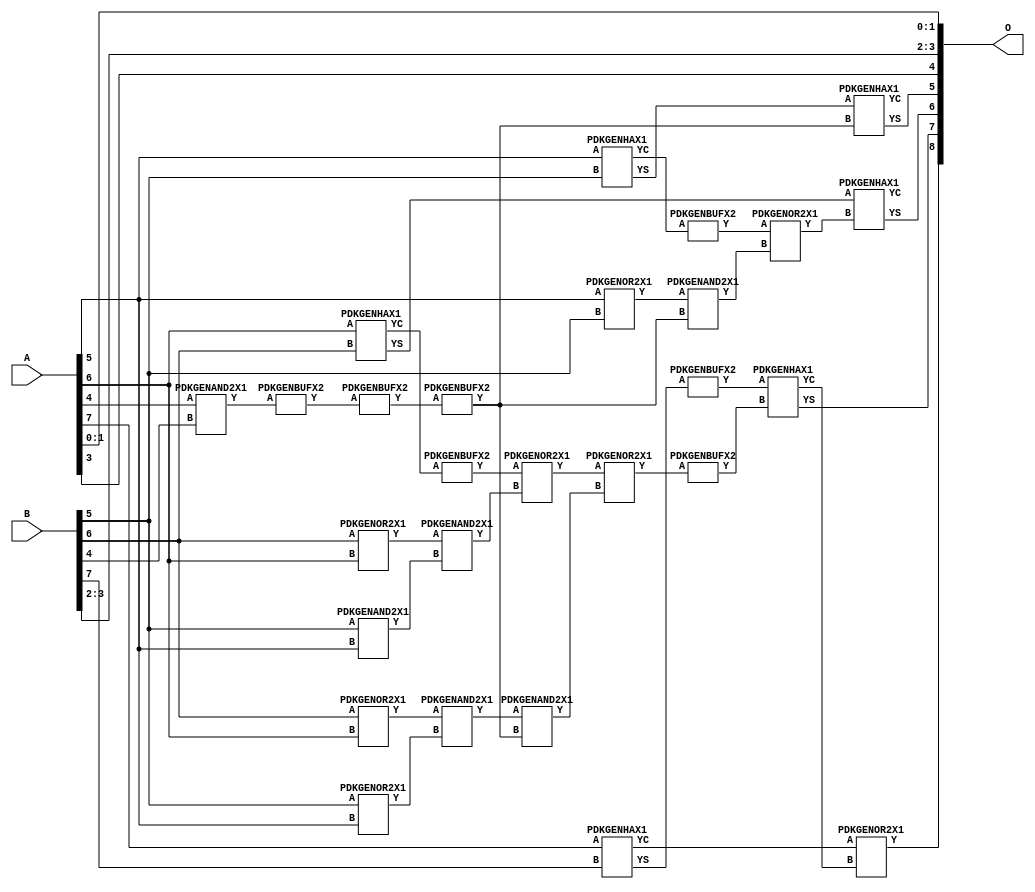
// Library = EvoApprox8b
// Circuit = add8_167
// Area   (180) = 1096
// Delay  (180) = 0.850
// Power  (180) = 316.20
// Area   (45) = 77
// Delay  (45) = 0.370
// Power  (45) = 25.36
// Nodes = 27
// HD = 192640
// MAE = 9.75000
// MSE = 141.50000
// MRE = 5.22 %
// WCE = 23
// WCRE = 100 %
// EP = 96.9 %

module add8_167(A, B, O);
  input [7:0] A;
  input [7:0] B;
  output [8:0] O;
  wire [2031:0] N;

  assign N[0] = A[0];
  assign N[1] = A[0];
  assign N[2] = A[1];
  assign N[3] = A[1];
  assign N[4] = A[2];
  assign N[5] = A[2];
  assign N[6] = A[3];
  assign N[7] = A[3];
  assign N[8] = A[4];
  assign N[9] = A[4];
  assign N[10] = A[5];
  assign N[11] = A[5];
  assign N[12] = A[6];
  assign N[13] = A[6];
  assign N[14] = A[7];
  assign N[15] = A[7];
  assign N[16] = B[0];
  assign N[17] = B[0];
  assign N[18] = B[1];
  assign N[19] = B[1];
  assign N[20] = B[2];
  assign N[21] = B[2];
  assign N[22] = B[3];
  assign N[23] = B[3];
  assign N[24] = B[4];
  assign N[25] = B[4];
  assign N[26] = B[5];
  assign N[27] = B[5];
  assign N[28] = B[6];
  assign N[29] = B[6];
  assign N[30] = B[7];
  assign N[31] = B[7];

  PDKGENOR2X1 n38(.A(N[10]), .B(N[26]), .Y(N[38]));
  assign N[39] = N[38];
  PDKGENOR2X1 n42(.A(N[28]), .B(N[12]), .Y(N[42]));
  assign N[43] = N[42];
  PDKGENOR2X1 n44(.A(N[28]), .B(N[12]), .Y(N[44]));
  assign N[45] = N[44];
  PDKGENAND2X1 n46(.A(N[26]), .B(N[10]), .Y(N[46]));
  PDKGENAND2X1 n68(.A(N[8]), .B(N[24]), .Y(N[68]));
  assign N[69] = N[68];
  PDKGENBUFX2 n70(.A(N[69]), .Y(N[70]));
  assign N[71] = N[70];
  PDKGENHAX1 n78(.A(N[10]), .B(N[26]), .YS(N[78]), .YC(N[79]));
  PDKGENBUFX2 n80(.A(N[79]), .Y(N[80]));
  assign N[81] = N[80];
  PDKGENHAX1 n86(.A(N[12]), .B(N[28]), .YS(N[86]), .YC(N[87]));
  PDKGENBUFX2 n88(.A(N[71]), .Y(N[88]));
  PDKGENHAX1 n96(.A(N[14]), .B(N[30]), .YS(N[96]), .YC(N[97]));
  PDKGENOR2X1 n134(.A(N[26]), .B(N[10]), .Y(N[134]));
  assign N[135] = N[134];
  PDKGENBUFX2 n142(.A(N[87]), .Y(N[142]));
  assign N[143] = N[142];
  PDKGENBUFX2 n152(.A(N[88]), .Y(N[152]));
  assign N[153] = N[152];
  PDKGENBUFX2 n160(.A(N[96]), .Y(N[160]));
  assign N[161] = N[160];
  PDKGENAND2X1 n162(.A(N[43]), .B(N[46]), .Y(N[162]));
  PDKGENAND2X1 n170(.A(N[45]), .B(N[135]), .Y(N[170]));
  PDKGENOR2X1 n180(.A(N[143]), .B(N[162]), .Y(N[180]));
  PDKGENAND2X1 n226(.A(N[39]), .B(N[153]), .Y(N[226]));
  PDKGENOR2X1 n244(.A(N[81]), .B(N[226]), .Y(N[244]));
  assign N[245] = N[244];
  PDKGENAND2X1 n254(.A(N[170]), .B(N[153]), .Y(N[254]));
  PDKGENOR2X1 n272(.A(N[180]), .B(N[254]), .Y(N[272]));
  PDKGENBUFX2 n348(.A(N[272]), .Y(N[348]));
  assign N[349] = N[348];
  PDKGENHAX1 n394(.A(N[78]), .B(N[152]), .YS(N[394]), .YC(N[395]));
  PDKGENHAX1 n404(.A(N[86]), .B(N[245]), .YS(N[404]), .YC(N[405]));
  PDKGENHAX1 n412(.A(N[161]), .B(N[349]), .YS(N[412]), .YC(N[413]));
  PDKGENOR2X1 n422(.A(N[97]), .B(N[413]), .Y(N[422]));

  assign O[0] = N[0];
  assign O[1] = N[2];
  assign O[2] = N[20];
  assign O[3] = N[22];
  assign O[4] = N[6];
  assign O[5] = N[394];
  assign O[6] = N[404];
  assign O[7] = N[412];
  assign O[8] = N[422];

endmodule
/* mod */
module PDKGENHAX1( input A, input B, output YS, output YC );
    assign YS = A ^ B;
    assign YC = A & B;
endmodule
/* mod */
module PDKGENOR2X1(input A, input B, output Y );
     assign Y = A | B;
endmodule
/* mod */
module PDKGENAND2X1(input A, input B, output Y );
     assign Y = A & B;
endmodule
/* mod */
module PDKGENBUFX2(input A, output Y );
     assign Y = A;
endmodule